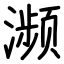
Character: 濒